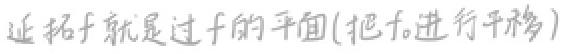
延拓 \( f \) 就是过 \( f \) 的平面(把 \( f_0 \) 进行平移)